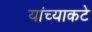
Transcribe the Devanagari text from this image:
यांच्याकटे